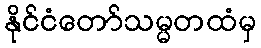
နိုင်ငံတော်သမ္မတထံမှ